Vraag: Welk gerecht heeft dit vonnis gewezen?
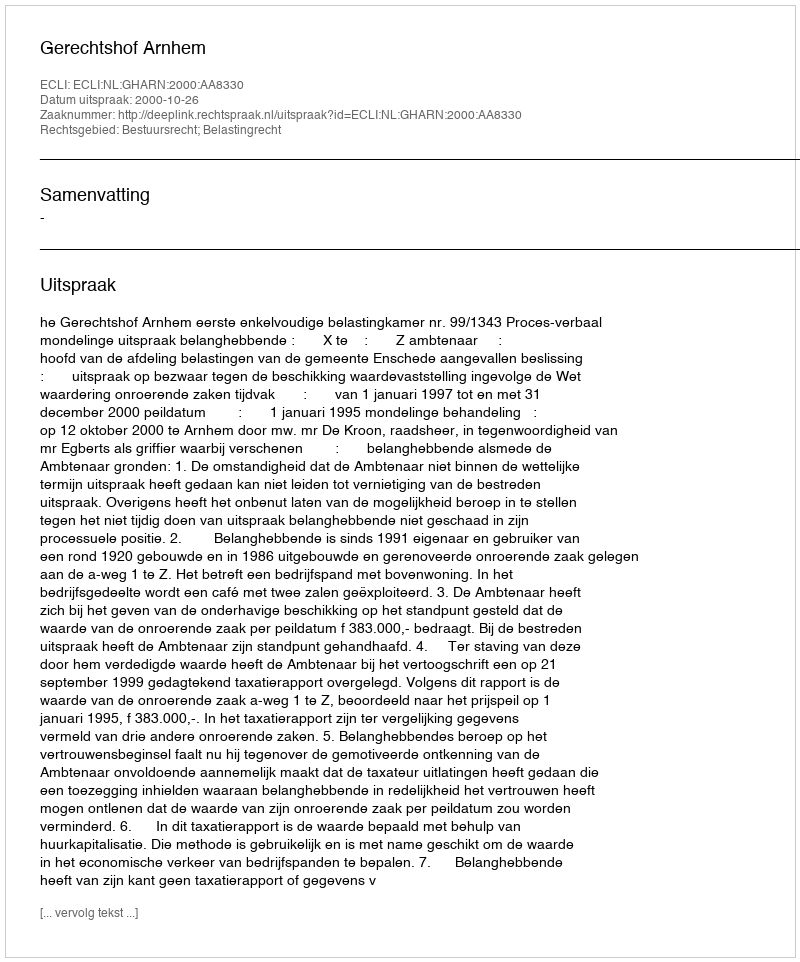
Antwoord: Gerechtshof Arnhem